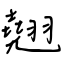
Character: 翹